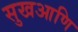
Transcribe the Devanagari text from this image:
सुखआणि